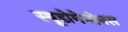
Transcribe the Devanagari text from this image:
स्यूडोमेम्ब्रेनस